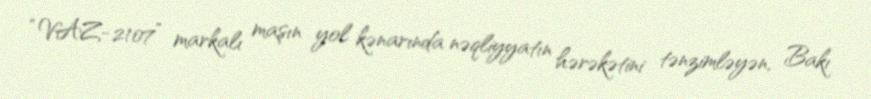
“VAZ-2107” markalı maşın yol kənarında nəqliyyatın hərəkətini tənzimləyən, Bakı